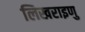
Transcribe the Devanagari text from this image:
लिखराइणु